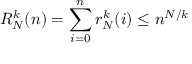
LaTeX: R _ { N } ^ { k } ( n ) = \sum _ { i = 0 } ^ { n } r _ { N } ^ { k } ( i ) \leq n ^ { N / k }